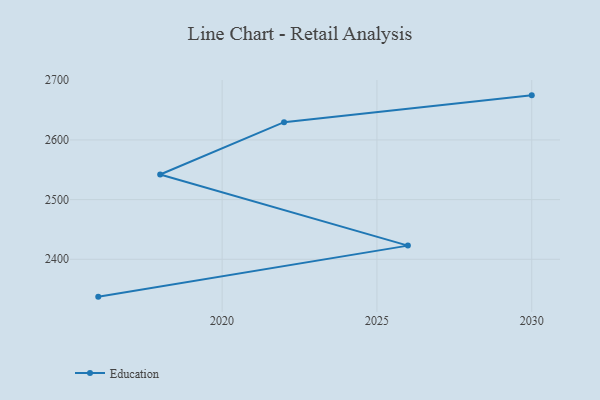
{"axis": {"x": "Year", "y": "Latency (ms)"}, "legend": ["Education"], "data": [{"x": "2016", "y": 2337.4, "type": "Education"}, {"x": "2026", "y": 2422.9, "type": "Education"}, {"x": "2018", "y": 2542.1, "type": "Education"}, {"x": "2022", "y": 2629.8, "type": "Education"}, {"x": "2030", "y": 2674.7, "type": "Education"}]}